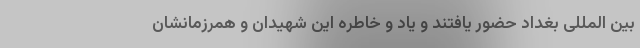
بین‌ المللی بغداد حضور یافتند و یاد و خاطره این شهیدان و همرزمانشان